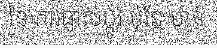
នៃ ការផ្លាស់ប្តូរ ប៉ុន្តែ មាន